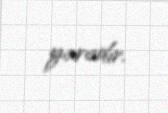
yaradır.